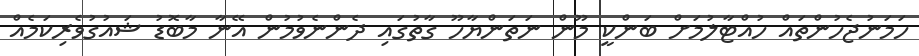
ހަމަނުޖެހުންތައް ހުއްޓާލުމަށް ބަންކީ މޫން ނަތަންޔާހޫ ގާތުގައި ދެންނެވުމުން އޭނާ މާބޮޑު ޝައުގުވެރިކަމެއް